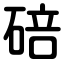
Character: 碚